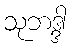
သုဘဒ္ဒါ